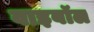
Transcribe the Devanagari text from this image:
वाइबॉल